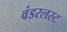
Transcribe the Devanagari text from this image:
वंडरलस्ट